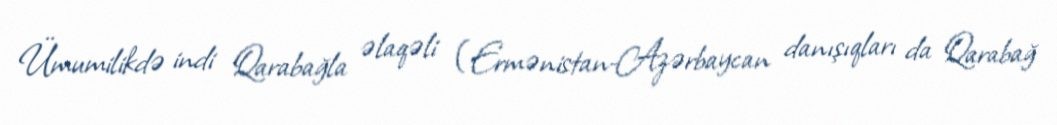
Ümumilikdə indi Qarabağla əlaqəli (Ermənistan-Azərbaycan danışıqları da Qarabağ